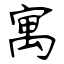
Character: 寓